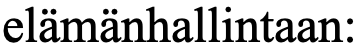
elämänhallintaan: